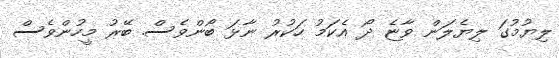
ލިޔުމުގަ ލިޔެލަން ވާޏެ ދޯ އެކަމު ހަކުރު ނާޅަ ބޯންވެސް. ބޭރު މީހުންވެސް